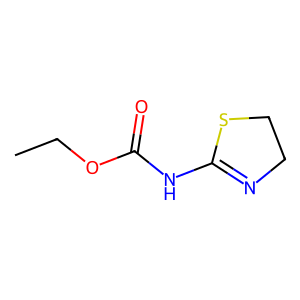
SMILES: CCOC(=O)NC1=NCCS1
Inhibits HIV replication: No